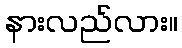
နားလည်လား။